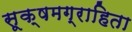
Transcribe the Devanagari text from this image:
सूक्षमग्राहिता